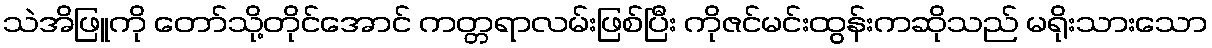
သဲအိဖြူကို တော်သို့တိုင်အောင် ကတ္တရာလမ်းဖြစ်ပြီး ကိုဇင်မင်းထွန်းကဆိုသည် မရိုးသားသော